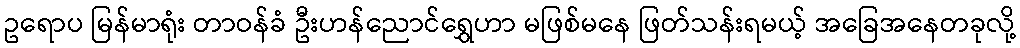
ဥရောပ မြန်မာရုံး တာဝန်ခံ ဦးဟန်ညောင်ရွှေဟာ မဖြစ်မနေ ဖြတ်သန်းရမယ့် အခြေအနေတခုလို့